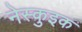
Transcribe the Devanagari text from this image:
नेस्कुइक